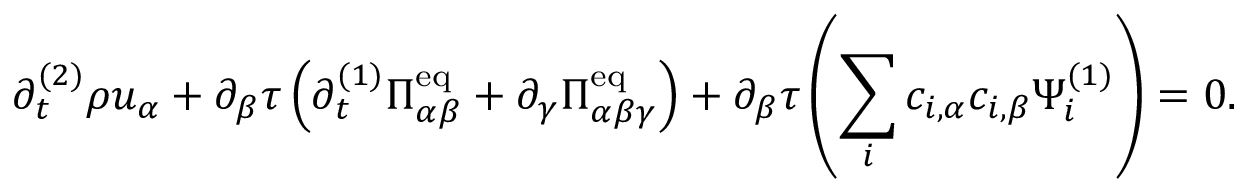
\partial _ { t } ^ { ( 2 ) } \rho u _ { \alpha } + \partial _ { \beta } \tau \left( \partial _ { t } ^ { ( 1 ) } \Pi _ { \alpha \beta } ^ { \mathrm { e q } } + \partial _ { \gamma } \Pi _ { \alpha \beta \gamma } ^ { \mathrm { e q } } \right) + \partial _ { \beta } \tau \left( \sum _ { i } c _ { i , \alpha } c _ { i , \beta } \Psi _ { i } ^ { ( 1 ) } \right) = 0 .